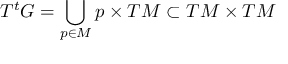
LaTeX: T ^ { t } G = \bigcup _ { p \in M } p \times T M \subset T M \times T M